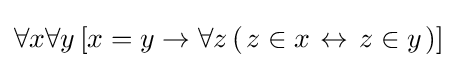
\forall x\forall y\,[x=y\rightarrow \forall z\,(\left.z\in x\right.\leftrightarrow \left.z\in y\right.)]